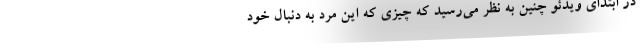
در ابتدای ویدئو چنین به نظر می‌رسید که چیزی که این مرد به دنبال خود